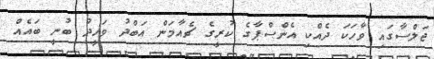
ޖަލްސާގައި ވާހަކަ ދެއްކި އެންސްޕާގެ ކުރީގެ ޗެއާމަން އަބްދު ވަހީދު ބުނީ ބައެއް